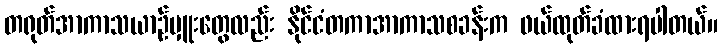
တရုတ်အာကာသယာဉ်မှူးတွေလည်း နိုင်ငံတကာအာကာသစခန်းက ဖယ်ထုတ်ခံထားရပါတယ်။